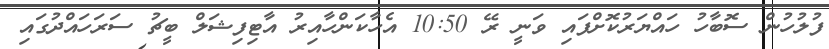
ފުލުހުން ސޮބާހު ހައްޔަރުކޮށްފައި ވަނީ ރޭ 10:50 އެހާކަންހާއިރު އާޓިފިޝަލް ބީޗު ސަރަހައްދުގައި